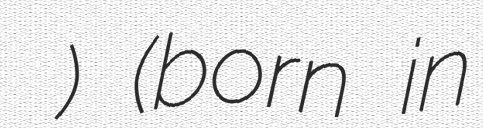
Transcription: ديمة ونوس) (born in